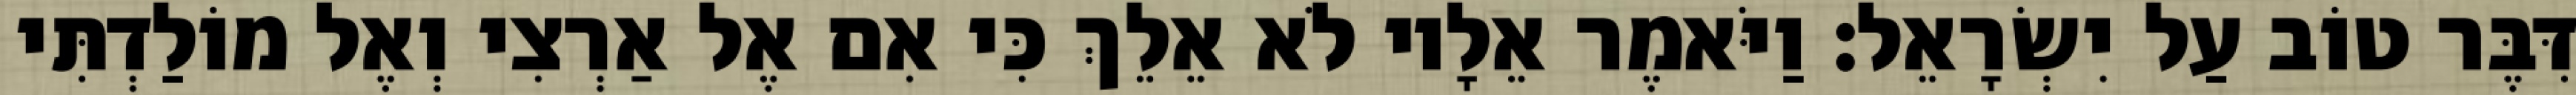
דִּבֶּר טוֹב עַל יִשְׂרָאֵל׃ וַיֹּאמֶר אֵלָיו לֹא אֵלֵךְ כִּי אִם אֶל אַרְצִי וְאֶל מוֹלַדְתִּי